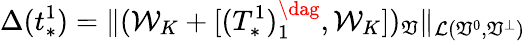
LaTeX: \Delta(t_{*}^{1})=\| (\mathcal{W}_{K}+[(T_{*}^{1})_{1}^{\dag},\mathcal{W}_{K}])_{\mathfrak{V}}\| _{\mathcal{L}(\mathfrak{V}^{0},\mathfrak{V}^{\perp})}